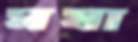
ঘষা